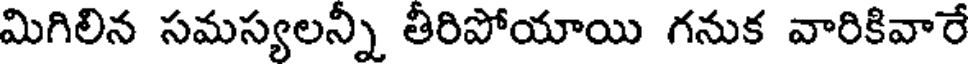
మిగిలిన సమస్యలన్ని తీరిపోయాయి గనుక వారికివారే